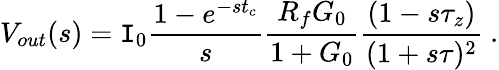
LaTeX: V_{out}(s)=\mathtt{I}_{0}\frac{{1-e^{-st_{c}}}}{{s}}\frac{{R_{f}G_{0}}}{{1+G_{0}}}\frac{{(1-s\tau_{z})}}{{(1+s\tau)^{2}}}~.